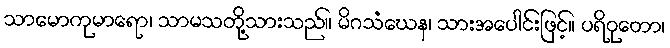
သာမောကုမာရော၊ သာမသတို့သားသည်။ မိဂသံဃေန၊ သားအပေါင်းဖြင့်။ ပရိဝုတော၊